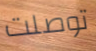
توصلت